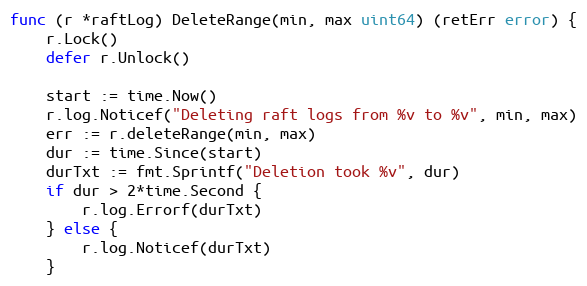
Language: Go
func (r *raftLog) DeleteRange(min, max uint64) (retErr error) {
	r.Lock()
	defer r.Unlock()

	start := time.Now()
	r.log.Noticef("Deleting raft logs from %v to %v", min, max)
	err := r.deleteRange(min, max)
	dur := time.Since(start)
	durTxt := fmt.Sprintf("Deletion took %v", dur)
	if dur > 2*time.Second {
		r.log.Errorf(durTxt)
	} else {
		r.log.Noticef(durTxt)
	}